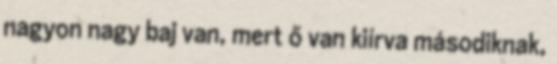
nagyon nagy baj van, mert ő van kiírva másodiknak,